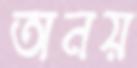
অনয়